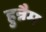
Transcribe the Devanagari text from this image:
हुन्नैम